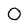
Character: 0